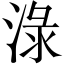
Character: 淥